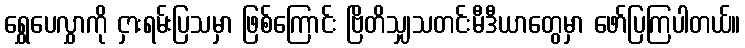
ရွှေပေလွှာကို ငှားရမ်းပြသမှာ ဖြစ်ကြောင်း ဗြိတိသျှသတင်းမီဒီယာတွေမှာ ဖော်ပြကြပါတယ်။